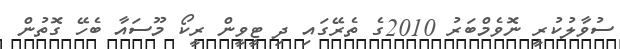
ސުވާލުކުރީ ނޮވެމްބަރު 2010ގެ ތެރޭގައި ދި ޓީވީން ރީކޯ މޫސައާ ބެހޭ ގޮތުން